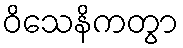
ဝိသေနိကတွာ